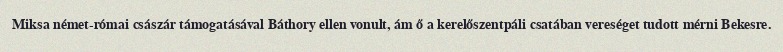
Miksa német-római császár támogatásával Báthory ellen vonult, ám ő a kerelőszentpáli csatában vereséget tudott mérni Bekesre.